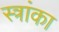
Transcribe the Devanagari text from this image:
स्त्रांका